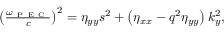
\begin{array} { r } { \left( \frac { \omega _ { \mathrm { ~ P ~ E ~ C ~ } } } { c } \right) ^ { 2 } = \eta _ { y y } s ^ { 2 } + \left( \eta _ { x x } - q ^ { 2 } \eta _ { y y } \right) k _ { y } ^ { 2 } , } \end{array}